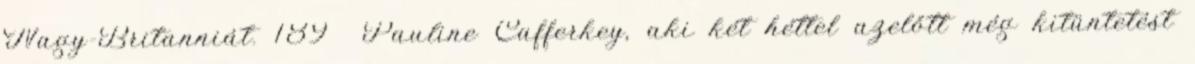
Nagy-Britanniát. 189 Pauline Cafferkey, aki két héttel azelőtt még kitüntetést